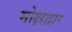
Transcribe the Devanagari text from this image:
मोक्षद्वार